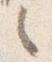
之